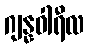
ဂျန္နဝါရီလ